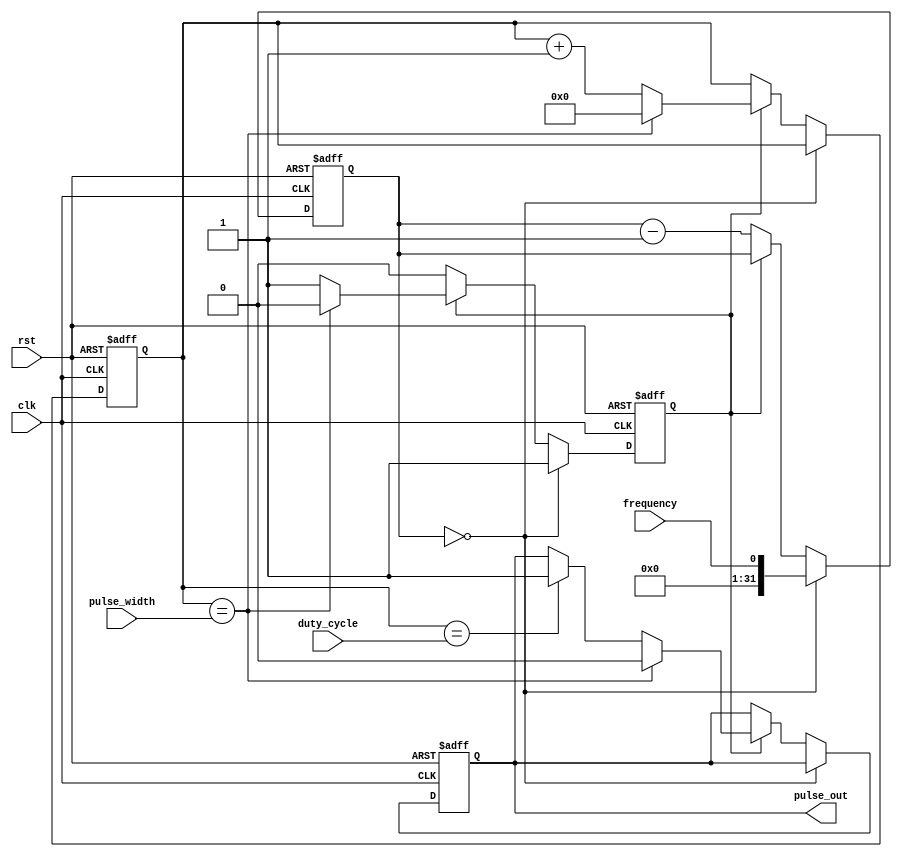
module pulse_generator (
    input wire clk,         // external clock signal
    input wire rst,         // reset signal
    input wire pulse_width, // pulse width parameter
    input wire duty_cycle,  // duty cycle parameter
    input wire frequency,   // frequency parameter
    output reg pulse_out     // output pulse signal
);

reg [31:0] counter;
reg generate_pulse;
reg [7:0] pulse_width_count;

always @ (posedge clk or posedge rst)
begin
    if (rst)
    begin
        counter <= 0;
        generate_pulse <= 0;
        pulse_width_count <= 0;
        pulse_out <= 0;
    end
    else
    begin
        if (counter == 0)
        begin
            counter <= frequency;
            generate_pulse <= 1;
        end
        else if (generate_pulse)
        begin
            pulse_width_count <= pulse_width_count + 1;
            if (pulse_width_count == pulse_width)
            begin
                generate_pulse <= 0;
                pulse_width_count <= 0;
                pulse_out <= 0;
            end
            else if (pulse_width_count == duty_cycle)
            begin
                pulse_out <= 1;
            end
        end
        else
        begin
            counter <= counter - 1;
        end
    end
end

endmodule